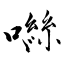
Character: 噝